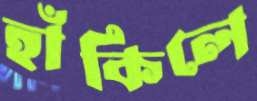
হাঁকিলে